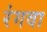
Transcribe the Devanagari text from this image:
रंगवा